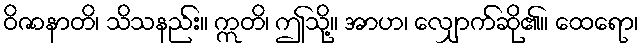
ဝိဇာနာတိ၊ သိသနည်း။ ဣတိ၊ ဤသို့။ အာဟ၊ လျှောက်ဆို၏။ ထေရော၊